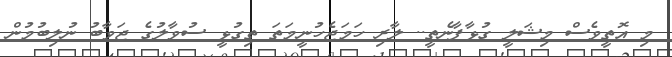
މި އޮތީވެސް މިޝަލީ ގުޅާފާނެތީ.. ލާރި ހަމަޖެހުނީމަތަ ތިގުޅީ ސުވާލުގެ ޖަވާބު ނުލިބުމުން